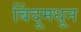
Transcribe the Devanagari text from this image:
बिंदूमधून